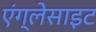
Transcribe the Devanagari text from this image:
एंग्लेसाइट